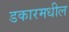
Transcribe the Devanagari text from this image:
डकारमधील